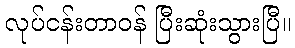
လုပ်ငန်းတာဝန် ပြီးဆုံးသွားပြီ။